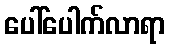
ပေါ်ပေါက်လာရာ